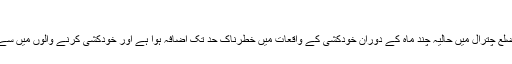
(فائل فوٹو)
خیبر پختونخوا کے دور افتادہ ضلع چترال میں حالیہ چند ماہ کے دوران خودکشی کے واقعات میں خطرناک حد تک اضافہ ہوا ہے اور خودکشی کرنے والوں میں سے بیشتر خواتین اور نوجوان ہیں۔